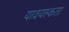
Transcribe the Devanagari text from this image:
यावयस्कता